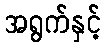
အရွက်နှင့်